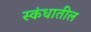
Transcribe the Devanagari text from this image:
स्कंधातील